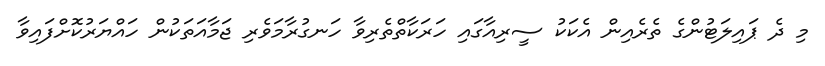
މި ދެ ޕައިލަޓުންގެ ތެރެއިން އެކަކު ސީރިއާގައި ހަރަކާތްތެރިވާ ހަނގުރާމަވެރި ޖަމާއަތަކުން ހައްޔަރުކޮށްފައިވާ